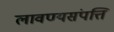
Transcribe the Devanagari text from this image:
लावण्यसंपत्ति